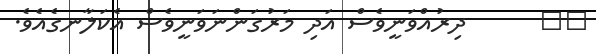
٥٦      ދިރުއްވަނީވެސް އަދި މަރުގަންނަވަނީވެސް އެކަލާނގެއެވެ.